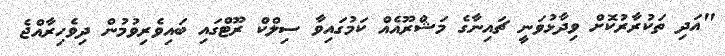
"އަދި ތަކުރާރުކޮށް ވިދާޅުވަނީ ޗައިނާގެ މަޝްރޫއެއް ކަމުގައިވާ ސިލްކް ރޫޓްގައި ބައިވެރިވުމުން ދިވެހިރާއްޖެ